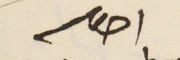
احوكم